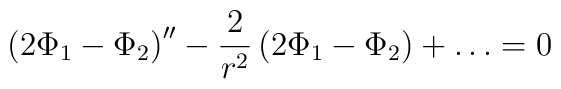
\left(2\Phi_1-\Phi_2\right)'' -\frac{2}{r^2}\left(2\Phi_1-\Phi_2\right)+ \ldots =0